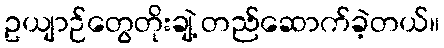
ဥယျာဉ်တွေတိုးချဲ့ တည်ဆောက်ခဲ့တယ်။